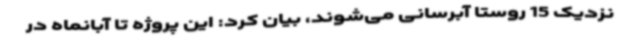
نزدیک 15 روستا آبرسانی می‌شوند، بیان کرد: این پروژه تا آبانماه در